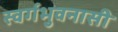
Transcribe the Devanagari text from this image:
स्वर्गभुवनासी